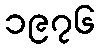
၁၉၇၆